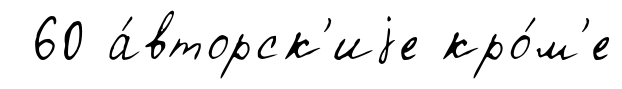
60 а́вторск'иjе кро́м'е